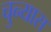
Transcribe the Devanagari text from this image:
चुन्यास